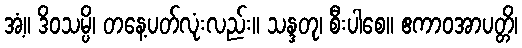
အံ့။ ဒိဝသမ္ပိ၊ တနေ့ပတ်လုံးလည်း။ သန္ဒတု၊ စီးပါစေ။ ဧကာဝအာပတ္တိ၊